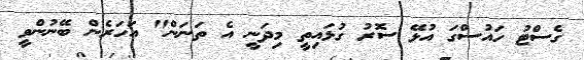
ގެސްޓު ހައުސްގަ އުޅޭ ސޮރު ގުޅައިތީ މިދަނީ އެ ތަނަން" އަހަރެން ބޭނުންވީ